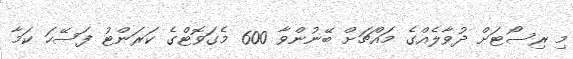
މި ރިސޯޓަށް ދުވާލެއްގެ މައްޗަށް ބޭނުންވާ 600 މެގަވޮޓްގެ ކަރަންޓު ފަސޭހަ ކަމާ